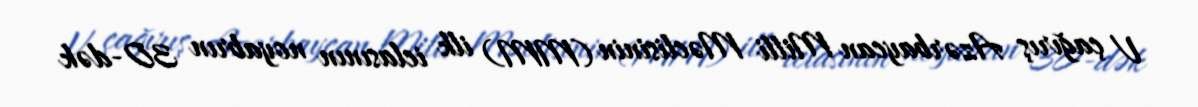
V çağırış Azərbaycan Milli Məclisinin (MM) ilk iclasının noyabrın 30-dək